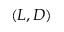
( L , D )